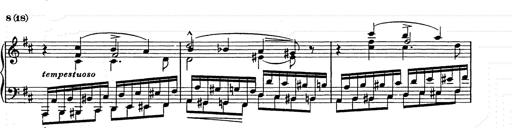
Title: Ballade No.2
Composer: Jan Skrzydlewski
Key: B minor